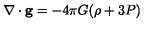
\nabla \cdot { \bf g } = - 4 \pi G ( \rho + 3 P )